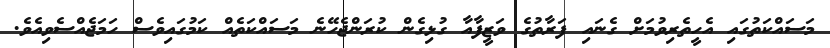
މަސައްކަތުގައި އެހީތެރިވުމަށް ގެނައި ފަރާތުގެ ވަޒީފާއާ ގުޅިގެން ކުރަންޖެހޭނެ މަސައްކަތެއް ކަމުގައިވެސް ހަމަޖެއްސެވިއެވެ.